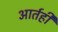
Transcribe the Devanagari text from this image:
आर्तही